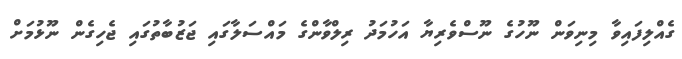
ގެއްލިފައިވާ މިނިވަން ނޫހުގެ ނޫސްވެރިޔާ އަހުމަދު ރިލްވާންގެ މައްސަލާގައި ޖަޒުބާތުގައި ޖެހިގެން ނޫޅުމަށް